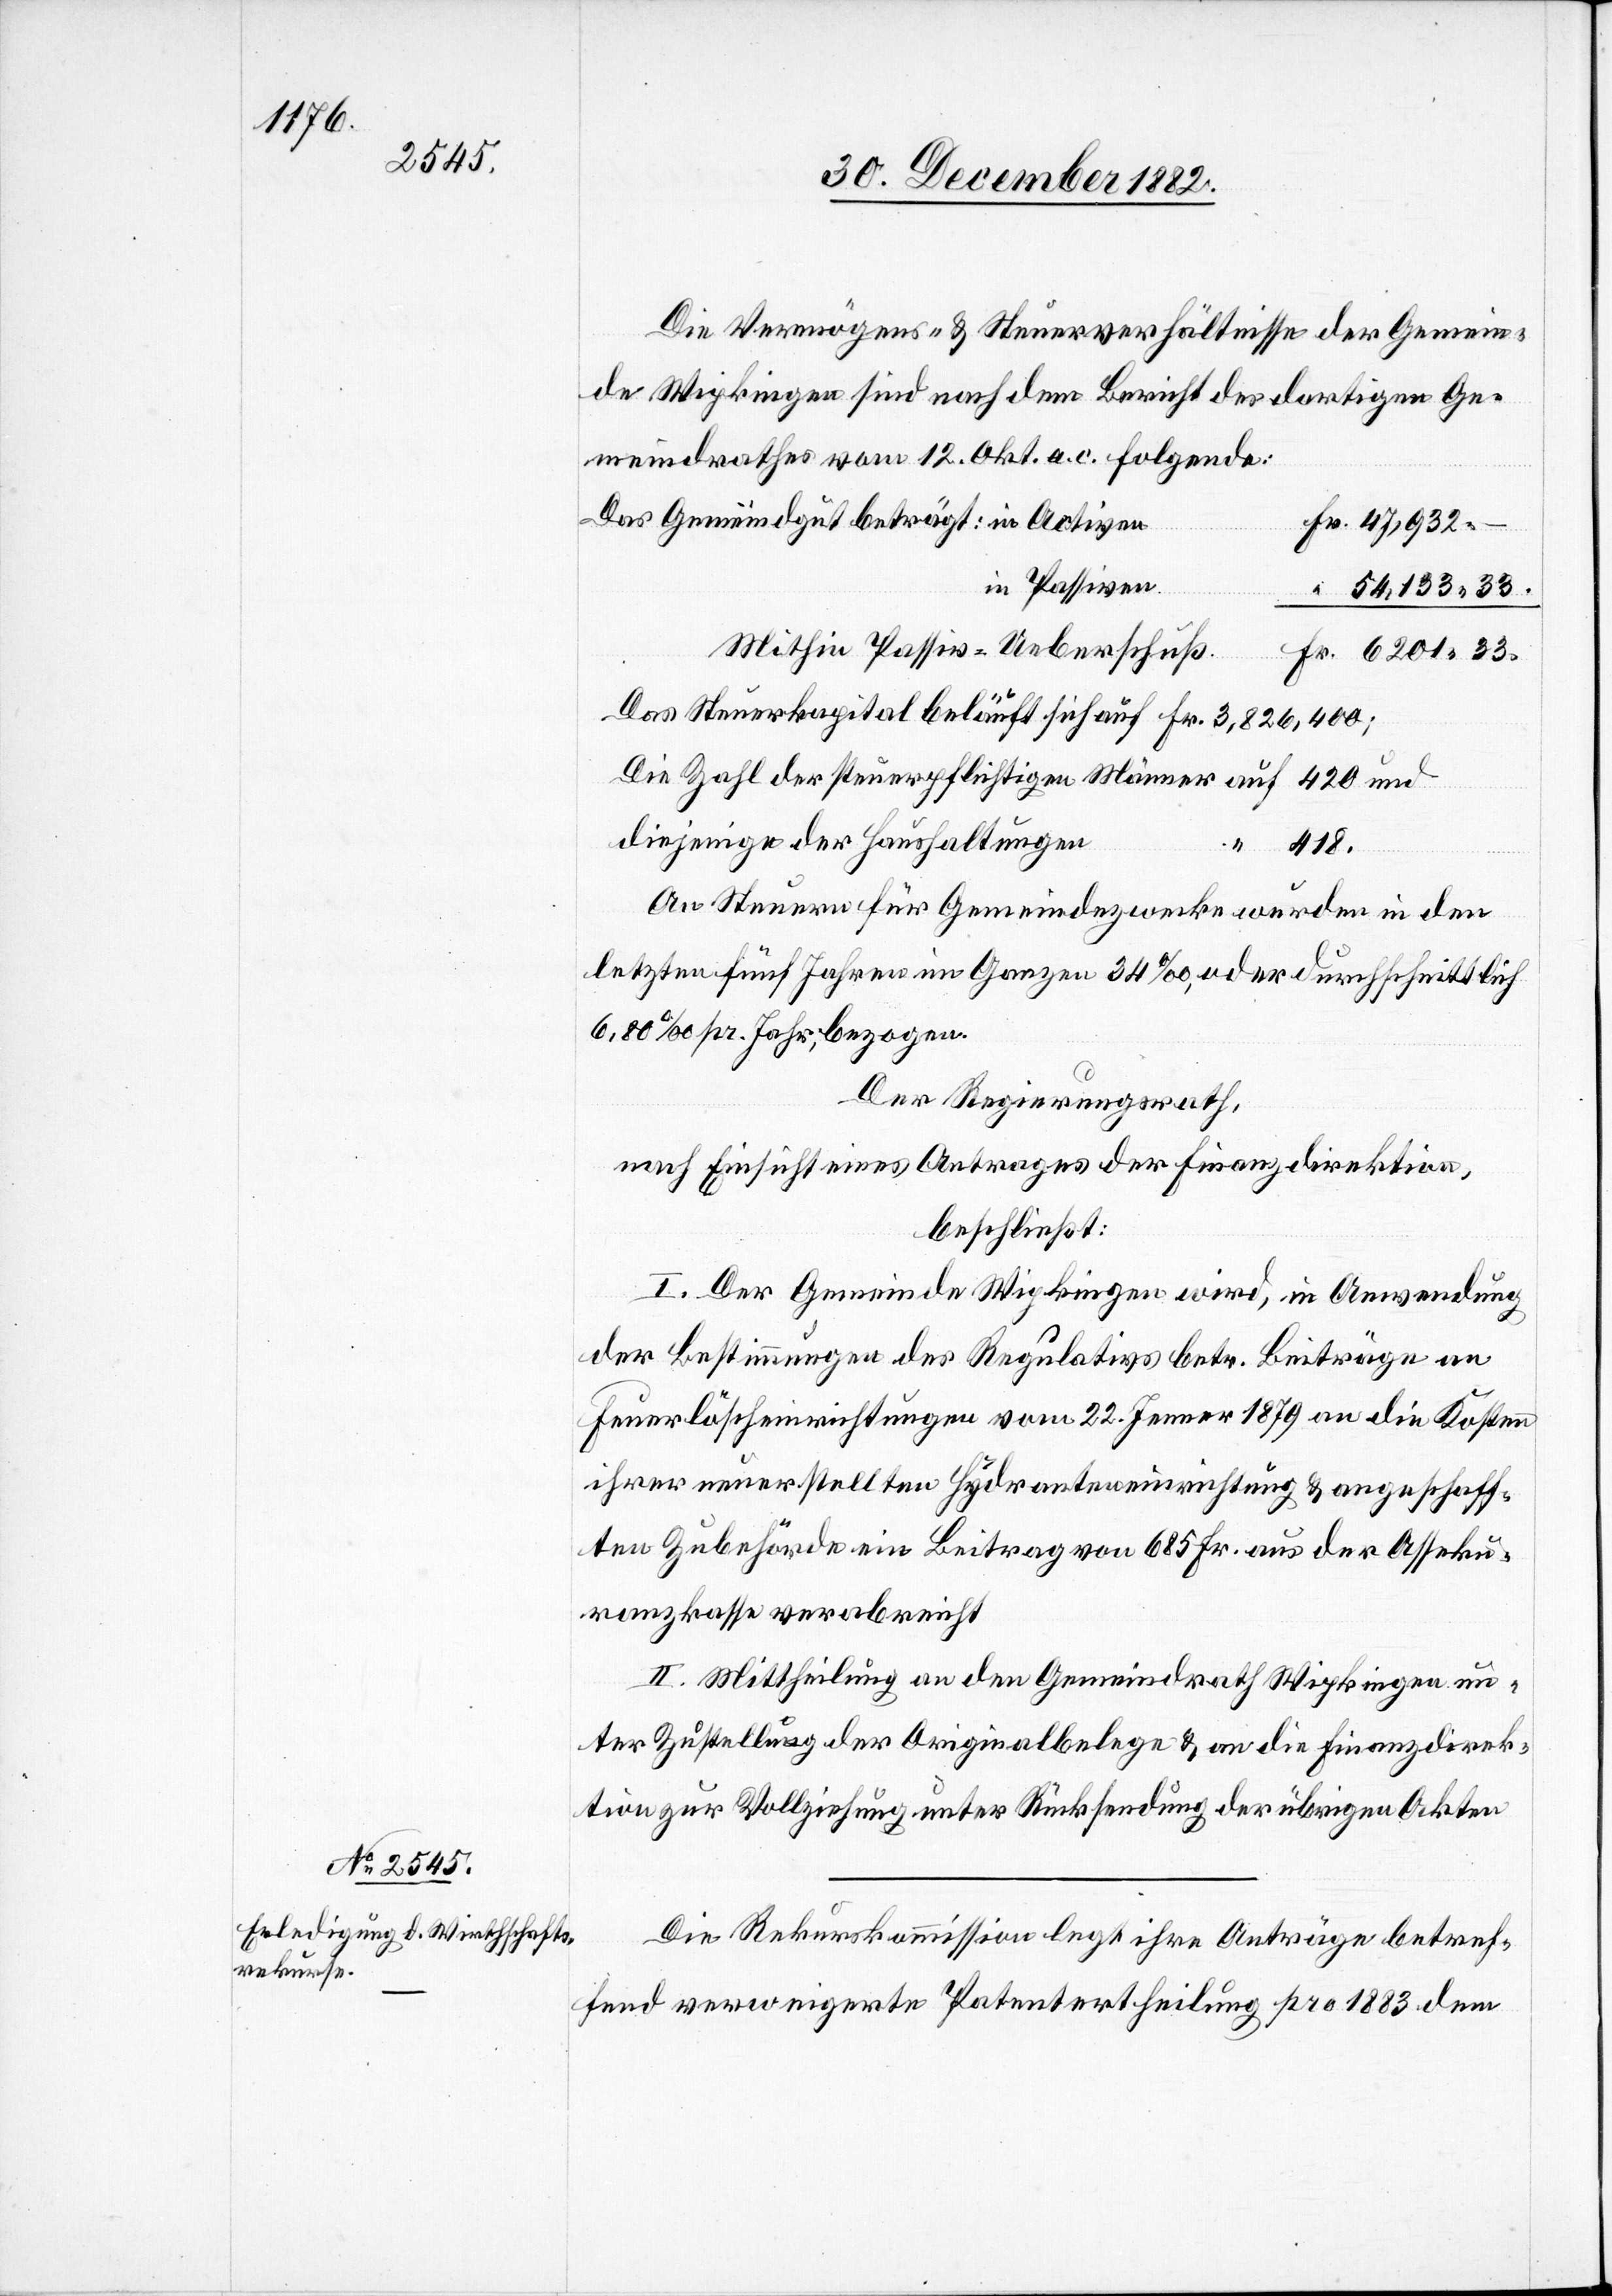
Die Vermögens- & Steuerverhältnisse der Gemein¬
de Wipkingen sind nach dem Bericht des dortigen Ge¬
meindrathes vom 12. Okt. a. c. folgende:
in Passiven
Mithin Passiv-Ueberschuß
“
33.
in
Act¬
Fr.
An Steuern für Gemeindezwecke wurden in den
letzten fünf Jahren im Ganzen 34‰, oder durchschnittlich
6,80‰ pr. Jahr, bezogen.
Der Regierungsrath,
nach Einsicht eines Antrages der Finanzdirektion,
beschließt:
I. Der Gemeinde Wipkingen wird, in Anwendung
der Bestimmungen des Regulativs betr. Beiträge an
Feuerlöscheinrichtungen vom 22. Jenner 1879 an die Kosten
ihrer neuerstellten Hydranteneinrichtung & angeschaff¬
ten Zubehörde ein Beitrag von 685 Fr. aus der Asseku¬
ranzkasse verabreicht.
II. Mittheilung an den Gemeindrath Wipkingen un¬
ter Zustellung der Originalbelege & an die Finanzdirek¬
tion zur Vollziehung unter Rücksendung der übrigen Akten.
Die Rekurskommission legt ihre Anträge betref¬
fend verweigerte Patentertheilung pro 1883 dem